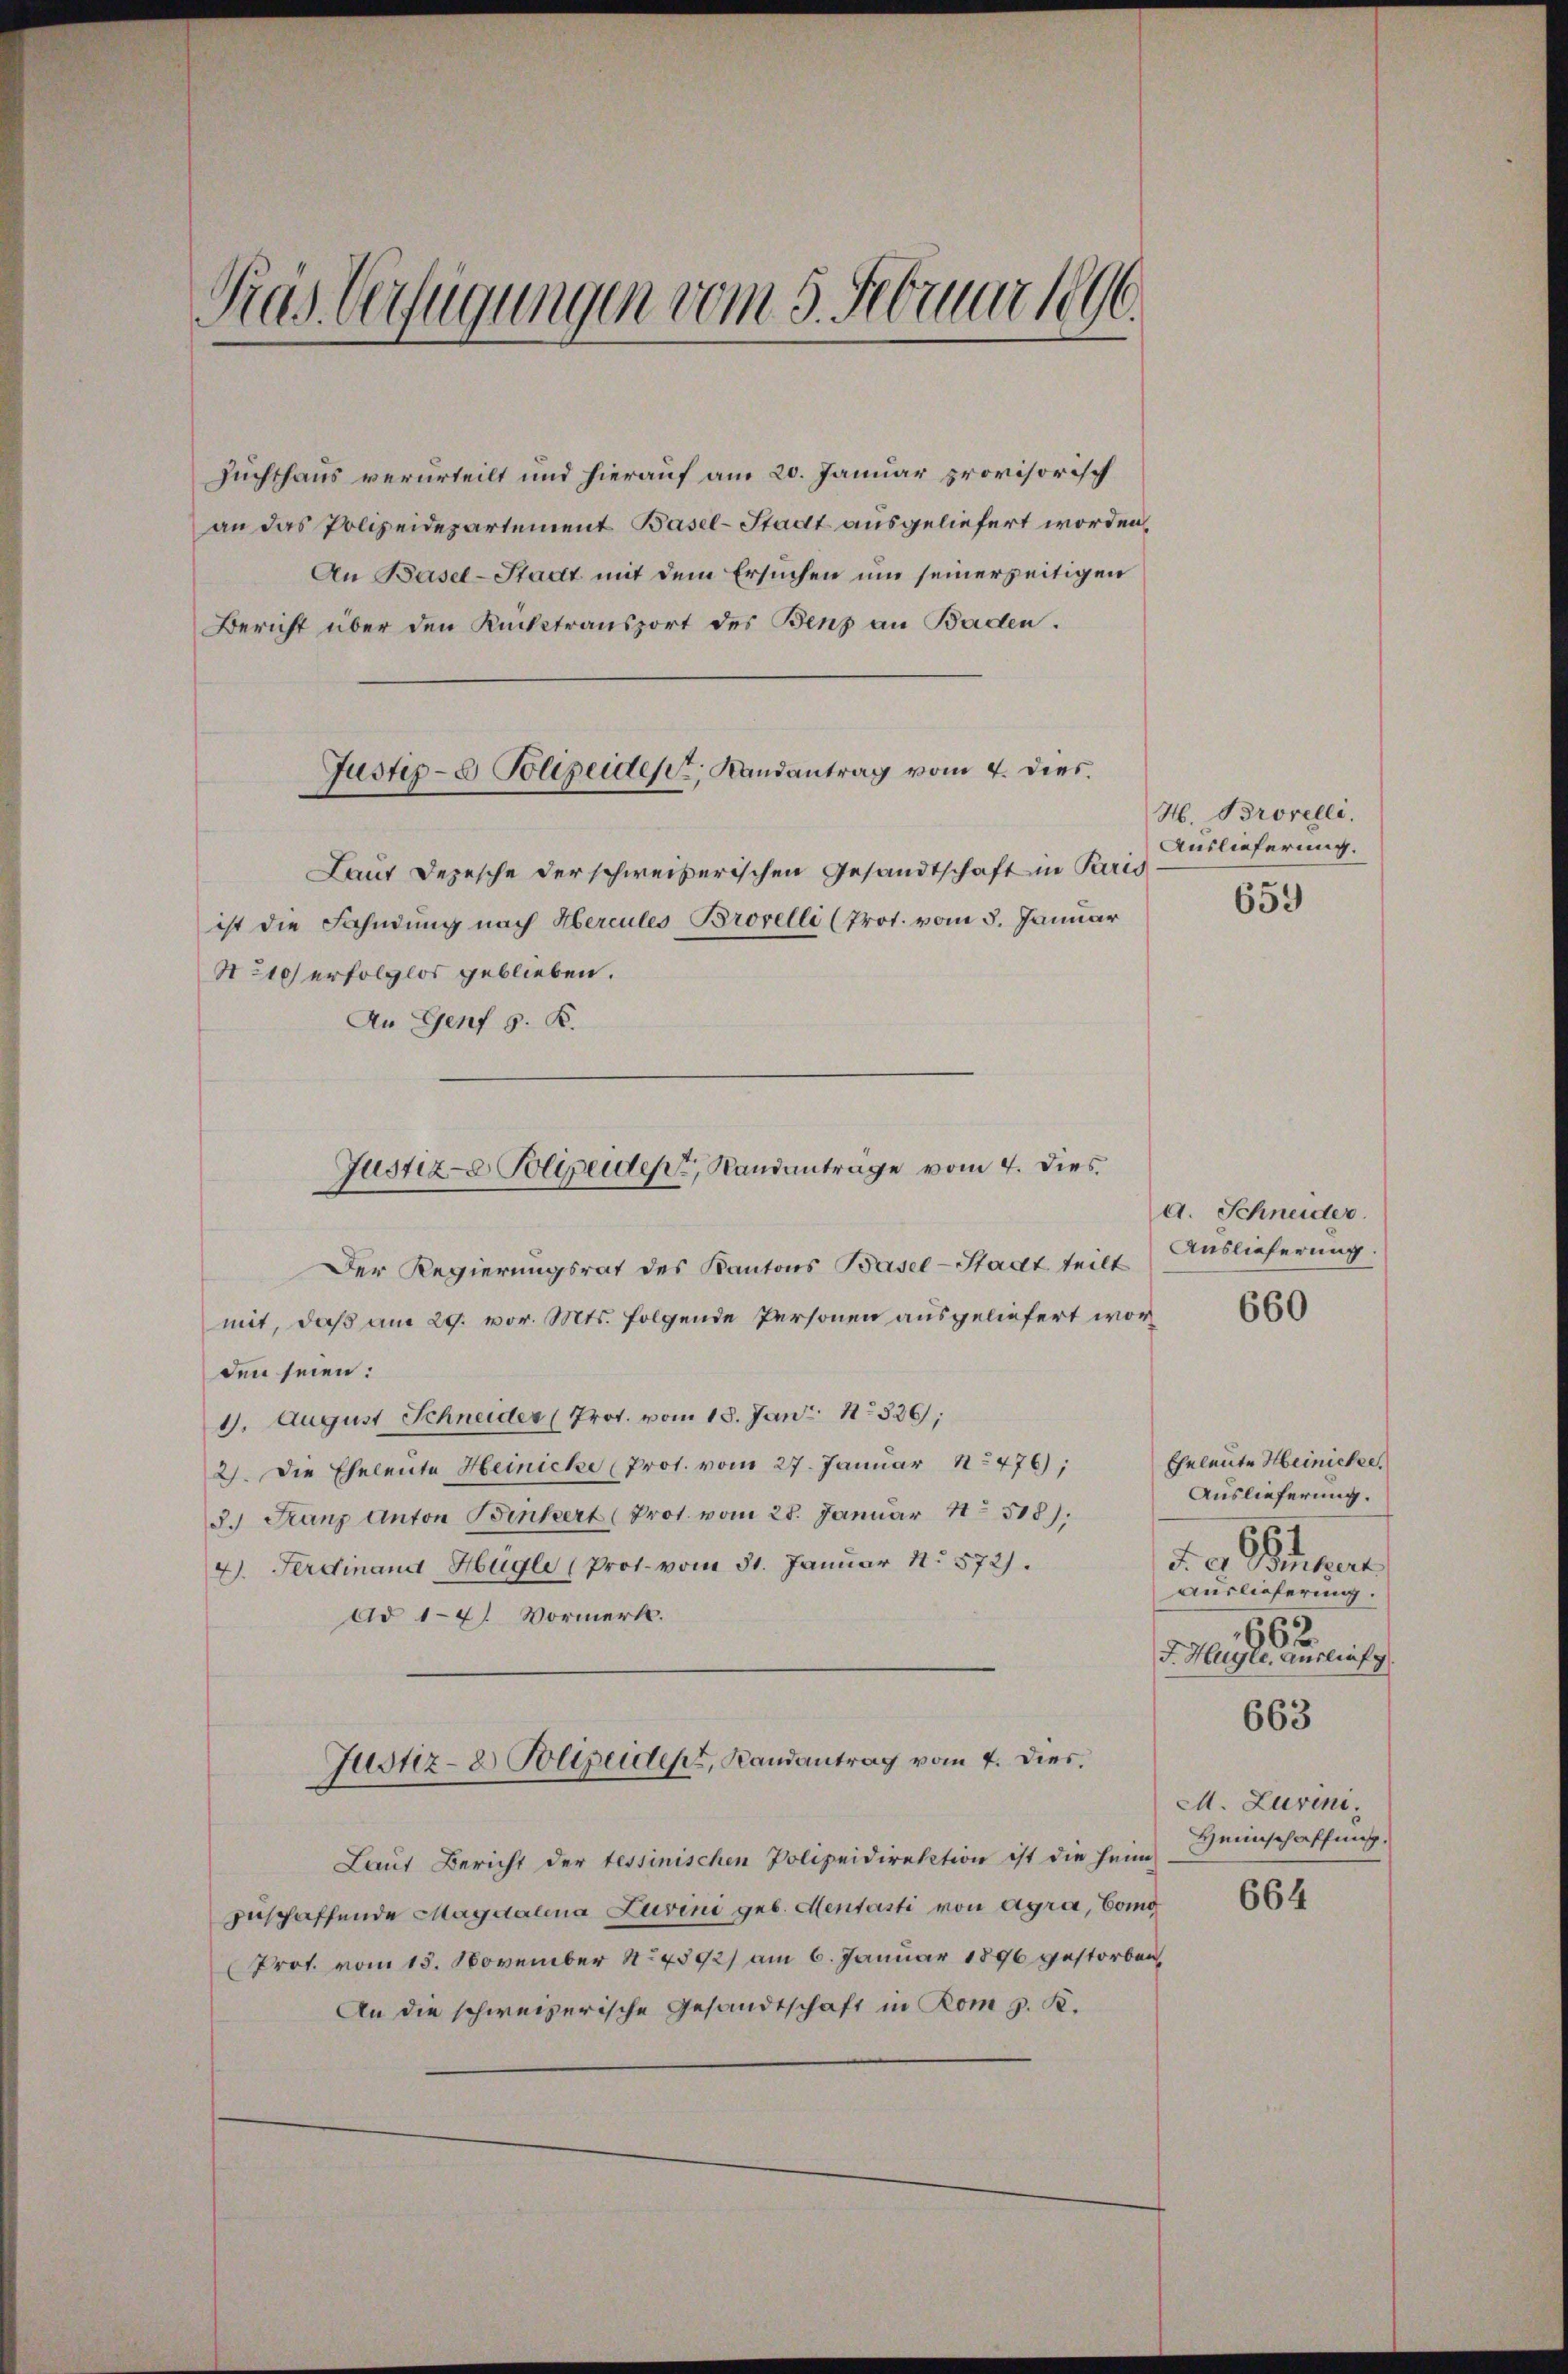
Pras Verfügungen vom 5. Februar 1896.

Zuchthaus verurteilt und hierauf am 20. Januar provisorisch
an das Polizeidepartement Basel-Stadt ausgeliefert worden,
An Basel-Stadt mit dem Ersuchen und seinerseitigen
Bericht über den Rücktransport des Benz an Baden.

ist die Fahndung nach Hercules Brorelli (Prot. vom 5. Januar
St 210) erfolglos geblieben.
An Genf s. B.
Der Regierungsrat des Kantons Basel-Stadt teilt Auslieferung
mit, daß am 29. vor. Mts. folgende Personen ausgeliefert worden seien:
4. August Schneider (Prot. vom 18. Jan. 1836,
2). Die Eheleute Heinicke (Prot. vom 27. Januar 1476);
3.) Ganz Anton Benkert (Prot. vom 28. Januar 41. 518).
4. Ferdinand Hügli (Prot. vom 31. Januar 1. 572.
Ad 1-4. Vormerk.
Justiz- & Polizeider, Landantrag vom 4. Dies
Laut Bericht der tessinischen Polizeidirektion ist die heim Heinschaffung,
zuschaffende Magdalena Luvini geb. Mentasti von Agra, Cong
Prot. vom 15. November 14592) am 6. Januar 1896 gestorben,
An die schweizerische Gesandtschaft in Rom g. K.

Justiz- & Polizeider, Randantrag vom 4. dies
Laut Depesche der schweizerischen Gesandtschaft in Paris

Justiz- Polizeident, Randanträge vom 4. dies

H. Brorelli.
Auslieferung.

659

A. Schneider.

660

Eheleute Heinicke.
Auslieferung.
1
F. e. Bindert
Auslieferung.
662
J. Hügle, Auslief g
663
M. Luvini¬

664